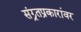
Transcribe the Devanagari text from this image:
संग्र्र्तप्रकारांवर